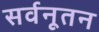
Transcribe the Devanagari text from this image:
सर्वनूतन